Vaccination in Bombay 1856-1862 - 1856-1862
Year: 1856
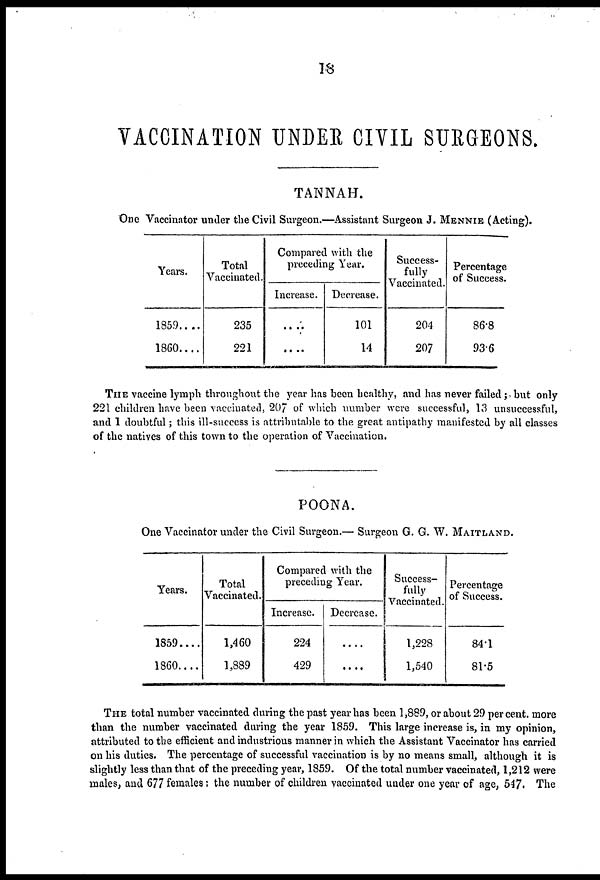
18
VACCINATION UNDER CIVIL SURGEONS.
TANNAH.
One Vaccinator under the Civil Surgeon.—Assistant Surgeon J. MENNIE (Acting).
Years.
1859 . . . .
1860 . . . .
Total
Vaccinated.
235
221
Compared with the
preceding Year.
Increase.
....
....
Decrease.
101
14
Success-
fully
Vaccinated.
204
207
Percentage
of Success.
86.8
93.6
THE vaccine lymph throughout the year has been healthy, and has never failed;. but only
221 children have been vaccinated, 207 of which number were successful, 13 unsuccessful,
and 1 doubtful; this ill-success is attributable to the great antipathy manifested by all classes
of the natives of this town to the operation of Vaccination.
POONA.
One Vaccinator under the Civil Surgeon.— Surgeon G. G. W. MAITLAND.
Years.
1859....
1860....
Total
Vaccinated.
1,460
1,889
Compared with the
preceding Year.
Increase.
224
429
Decrease.
...
....
Success-
fully
Vaccinated.
1,228
1,540
Percentage
of Success.
84.1
81.5
THE total number vaccinated during the past year has been 1,889, or about 29 per cent. more
than the number vaccinated during the year 1859. This large increase is, in my opinion,
attributed to the efficient and industrious manner in which the Assistant Vaccinator has carried
on his duties. The percentage of successful vaccination is by no means small, although it is
slightly less than that of the preceding year, 1859. Of the total number vaccinated, 1,212 were
males, and 677 females; the number of children vaccinated under one year of age, 547. The